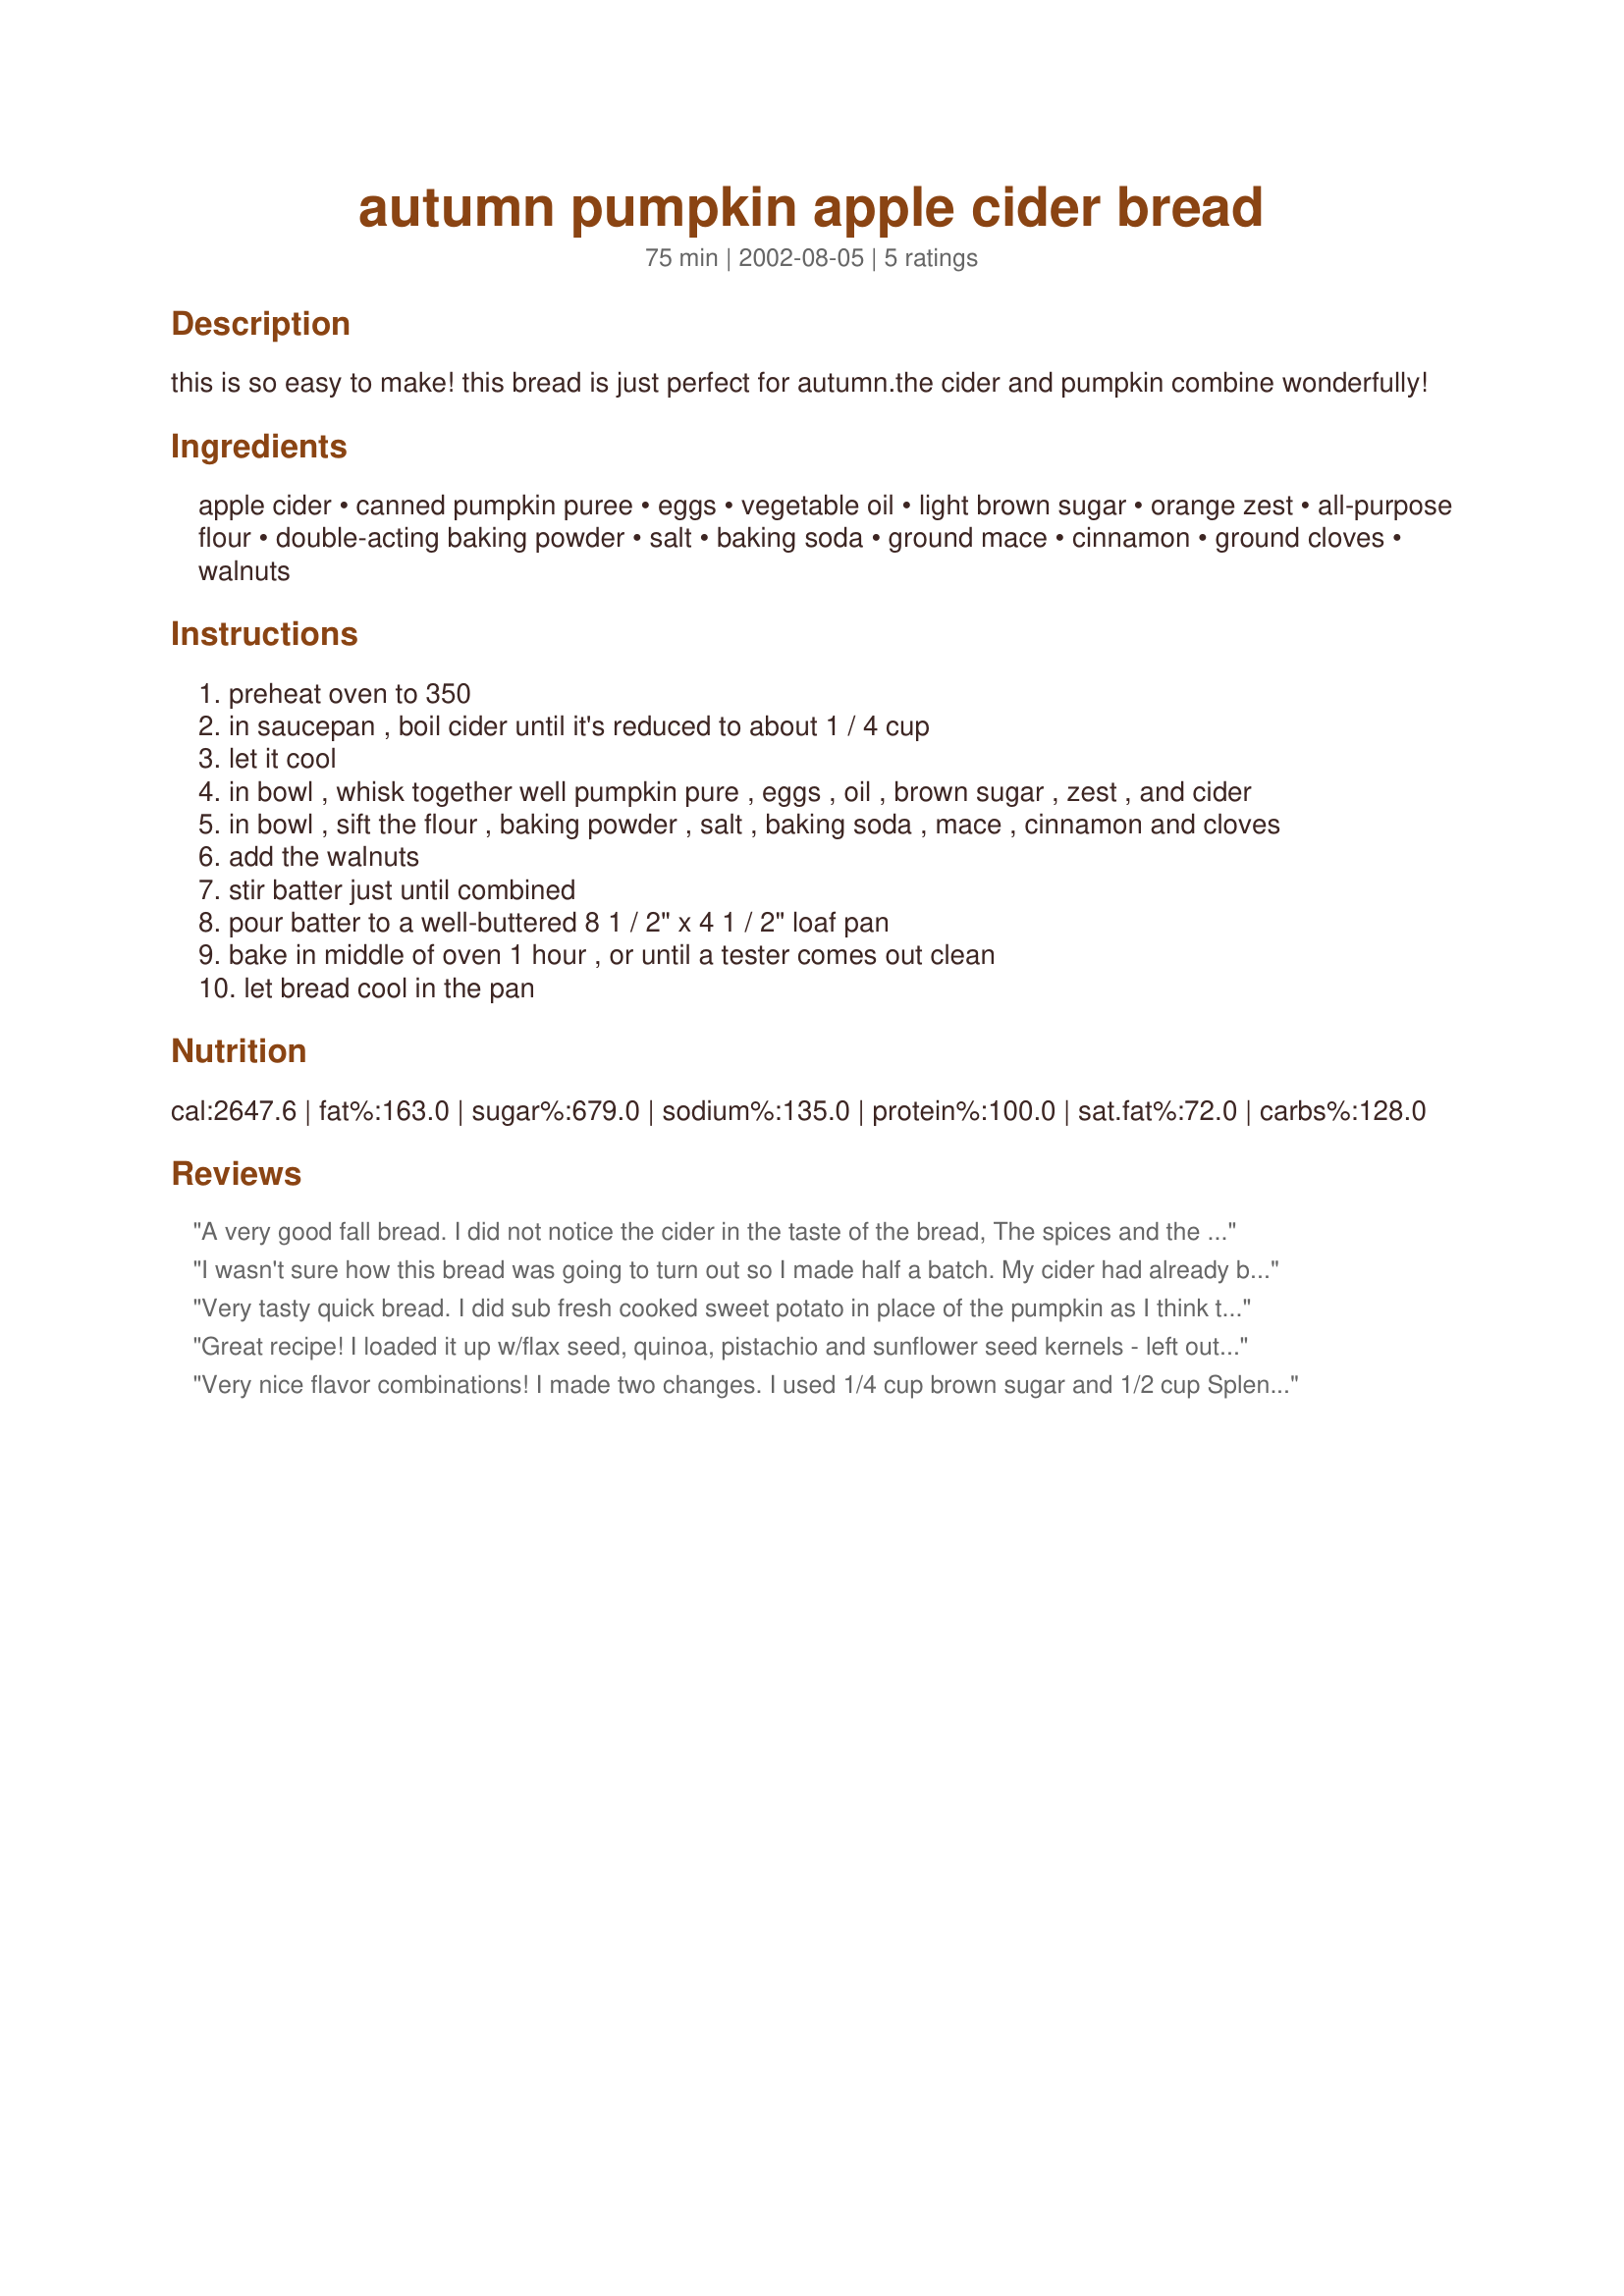
autumn pumpkin apple cider bread
Preparation time: 75 minutes

this is so easy to make! this bread is just perfect for autumn.the cider and pumpkin combine wonderfully!

Ingredients:
apple cider, canned pumpkin puree, eggs, vegetable oil, light brown sugar, orange zest, all-purpose flour, double-acting baking powder, salt, baking soda, ground mace, cinnamon, ground cloves, walnuts

Steps:
preheat oven to 350
in saucepan , boil cider until it's reduced to about 1 / 4 cup
let it cool
in bowl , whisk together well pumpkin pure , eggs , oil , brown sugar , zest , and cider
in bowl , sift the flour , baking powder , salt , baking soda , mace , cinnamon and cloves
add the walnuts
stir batter just until combined
pour batter to a well-buttered 8 1 / 2" x 4 1 / 2" loaf pan
bake in middle of oven 1 hour , or until a tester comes out clean
let bread cool in the pan

Reviews:
A very good fall bread. I did not notice the cider in the taste of the bread, The spices and the walnuts showed up more. It is a nice textured quick bread. I would make it again if I had cider to use up, but would not buy cider just to make this bread.
I wasn't sure how this bread was going to turn out so I made half a batch. My cider had already been mulled. I used fresh sweet potato's as I prefer those. Used a bit more brown sugar (I have a sweet tooth). It tasted very yummy. I am very happy with it. All I would change is a little less orange zest. The orange was quite stong.
Very tasty quick bread. I did sub fresh cooked sweet potato in place of the pumpkin as I think they are really similar in taste and one potato made the right amount of puree. I did add a little less than 1 Tbsp zest--nectarine since that's what I had. I also subbed pecans and put in more than called for since we really like a lot of nuts in the bread. Thanks for posting! Made for Zaar Chef Alphabet Soup Tag game.
Great recipe! I loaded it up w/flax seed, quinoa, pistachio and sunflower seed kernels - left out the walnuts. Cooked up in 8 mini loaf pans - absolutely gobbled up at the oyster roast they were taken to. Kepper recipe - next time I will soak quinoa for 5 minutes in hot water before mixing in amd will also try adding some millet to the mix. TY for a great recipe!
Very nice flavor combinations! I made two changes. I used 1/4 cup brown sugar and 1/2 cup Splenda, and adjusted baking time according to Splenda directions, and subbed nutmeg for mace. Thanks for posting this!
